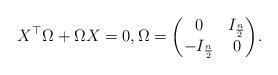
LaTeX: \begin{align*} X^\top \Omega + \Omega X = 0, \Omega ={\begin{pmatrix}0&I_{\frac{n}{2}}\\-I_{\frac{n}{2}}&0\\\end{pmatrix}}.\end{align*}